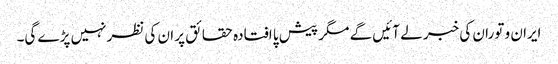
ایران و توران کی خبر لے آئیں گے مگر پیش پا افتادہ حقائق پر ان کی نظرنہیں پڑے گی۔